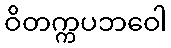
ဝိတက္ကပဘဝေါ